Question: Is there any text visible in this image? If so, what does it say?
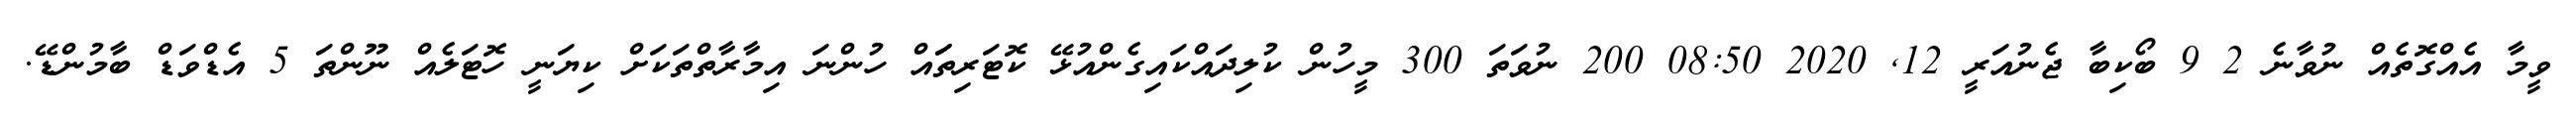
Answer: ވީމާ އެއްގޮތެއް ނުވާނެ 2 9 ބޯކިބާ ޖެނުއަރީ 12, 2020 08:50 200 ނުވަތަ 300 މީހުން ކުލިދައްކައިގެންއުޅޭ ކޮޓަރިތަައް ހުންނަ އިމާރާތްތަކަށް ކިޔަނީ ހޮޓަލެއް ނޫންތަ 5 އެޑްވަޑް ބާމުންޑޭ.